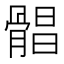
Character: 𩩫